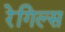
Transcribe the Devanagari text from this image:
रेगिल्स